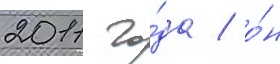
2011 го́да / о́н